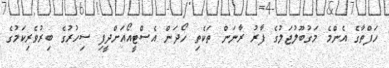
ހަފްތާގެ އެންމެ މަގުބޫލުޖަލުގެ ފާރު ރާނަން ތަކެތި ހޯދަން އެސްޓީއޯއަށްދީފި ސިހުރުގެ ބިރުވެރިކަމުގެ